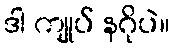
ဒါ ကျုပ် နဂိုပဲ။